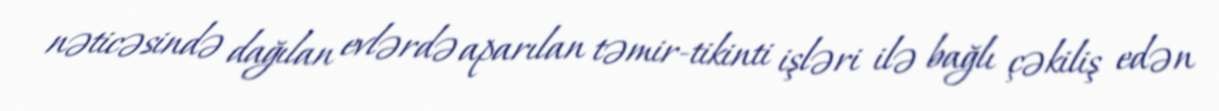
nəticəsində dağılan evlərdə aparılan təmir-tikinti işləri ilə bağlı çəkiliş edən